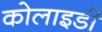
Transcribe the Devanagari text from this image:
कोलाइडी